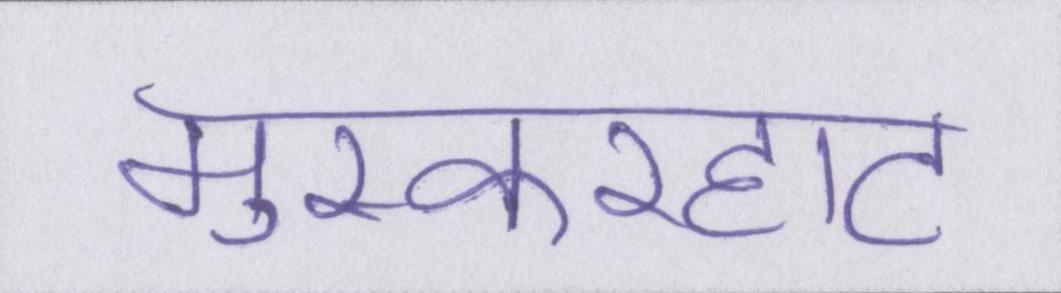
मुस्करहाट